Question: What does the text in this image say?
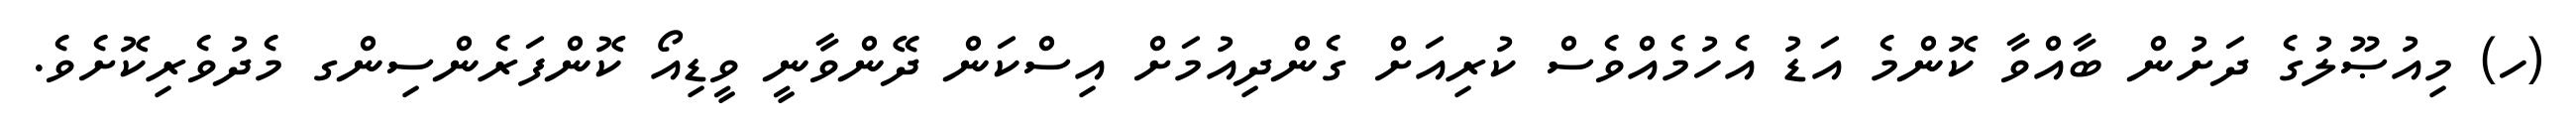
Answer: (ހ) މިއުޞޫލުގެ ދަށުން ބާއްވާ ކޮންމެ އަޑު އެހުމެއްވެސް ކުރިއަށް ގެންދިއުމަށް އިސްކަން ދޭންވާނީ ވީޑިއޯ ކޮންފަރެންސިންގ މެދުވެރިކޮށެވެ.